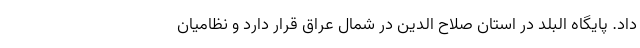
داد. پایگاه البلد در استان صلاح الدین در شمال عراق قرار دارد و نظامیان